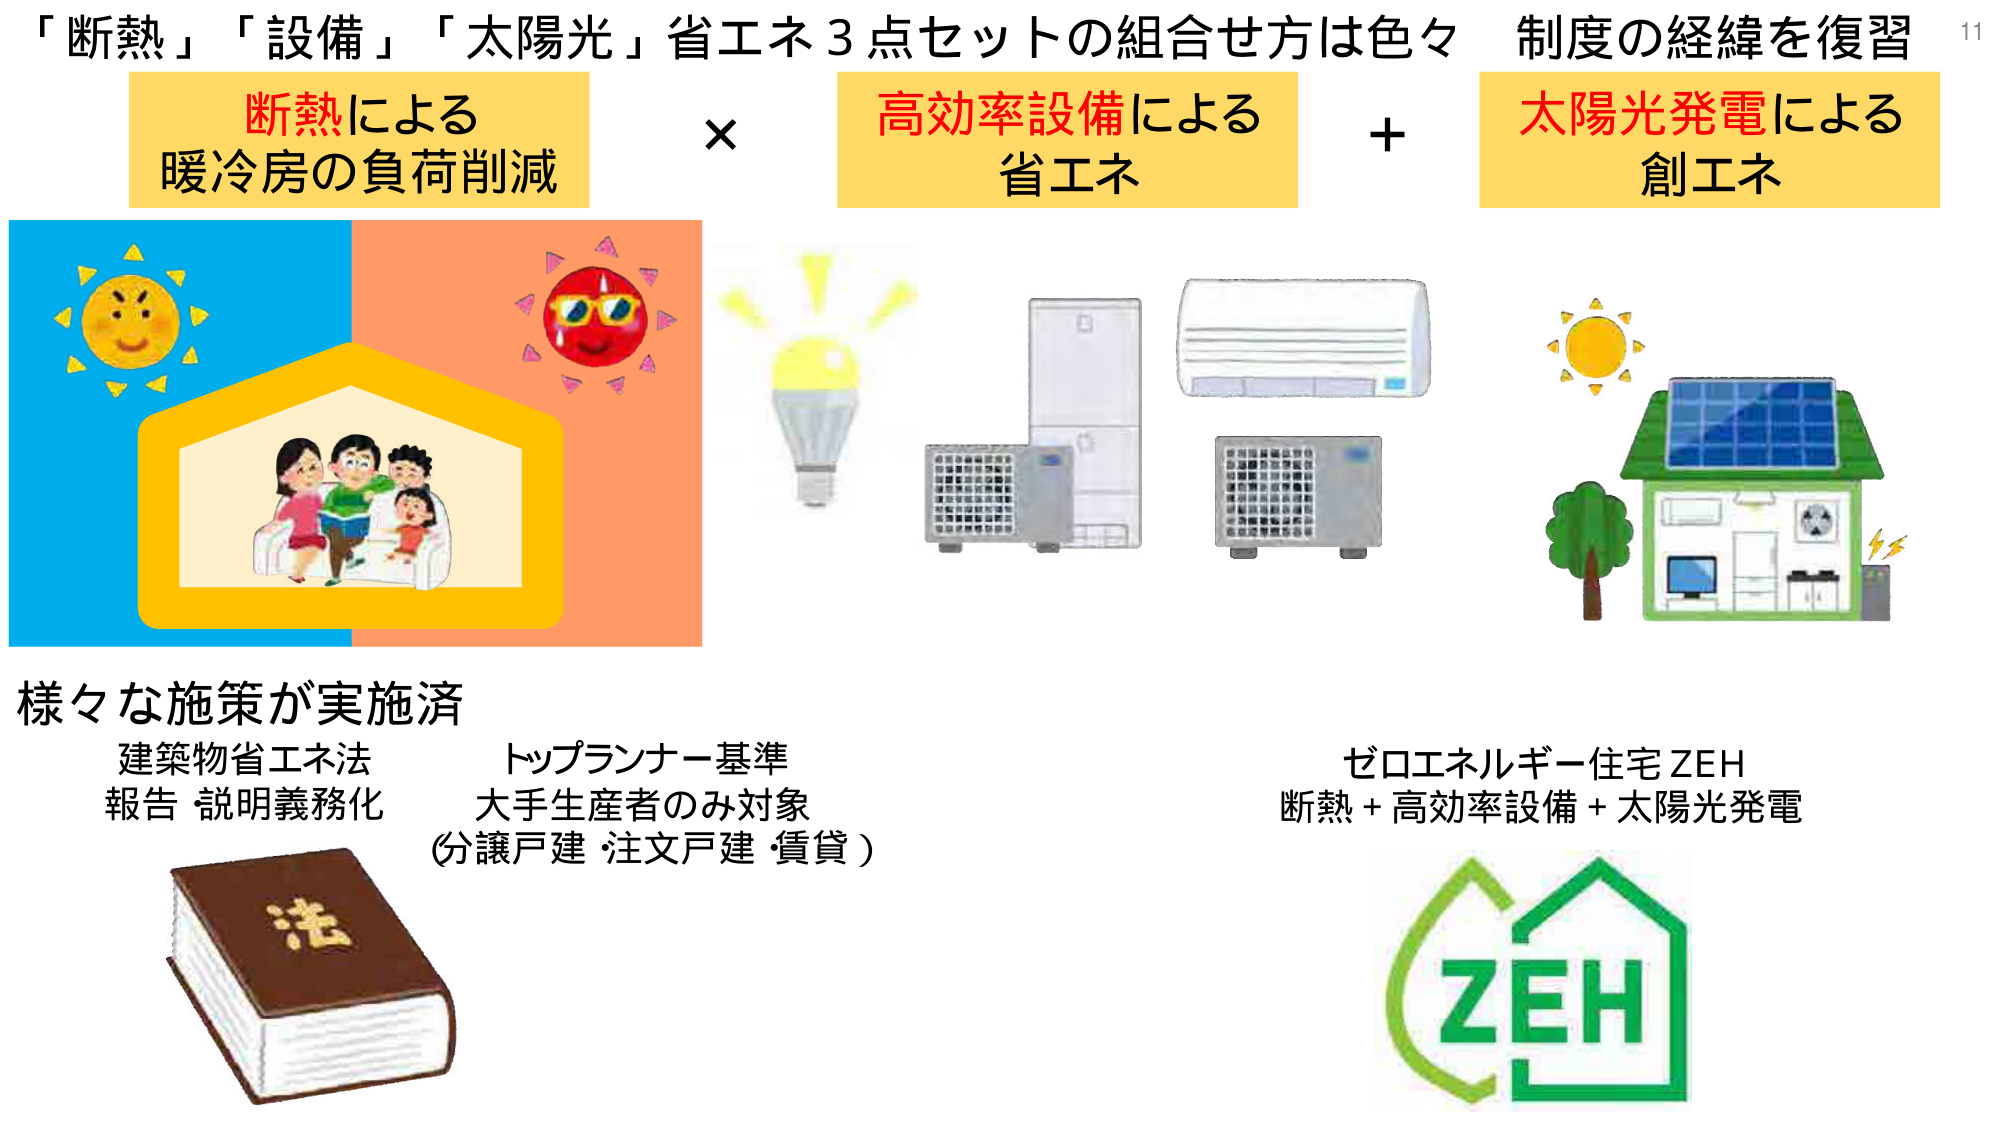
「断熱」「設備」「太陽光」省エネ3点セットの組合せ方は色々 制度の経緯を復習
断熱による
暖冷房の負荷削減
×
高効率設備による
省エネ
＋
太陽光発電による
創エネ
様々な施策が実施済
建築物省エネ法
報告 説明義務化
トップランナー基準
大手生産者のみ対象
(分譲戸建・注文戸建・賃貸)
ゼロエネルギー住宅 ZEH
断熱＋高効率設備＋太陽光発電
ZEH
11